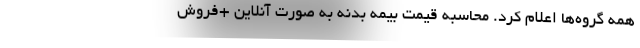
همه گروه‌ها اعلام کرد. محاسبه قیمت بیمه بدنه به صورت آنلاین +فروش